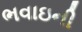
ભવાઇની